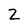
Character: 2